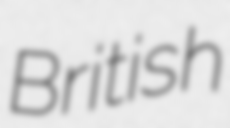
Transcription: British